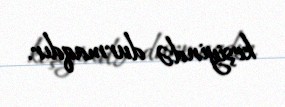
keşiyində durmaqdır.